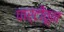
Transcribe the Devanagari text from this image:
पार्टीतून